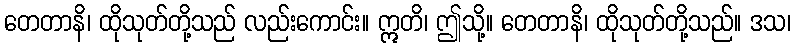
တေတာနိ၊ ထိုသုတ်တို့သည် လည်းကောင်း။ ဣတိ၊ ဤသို့။ တေတာနိ၊ ထိုသုတ်တို့သည်။ ဒသ၊